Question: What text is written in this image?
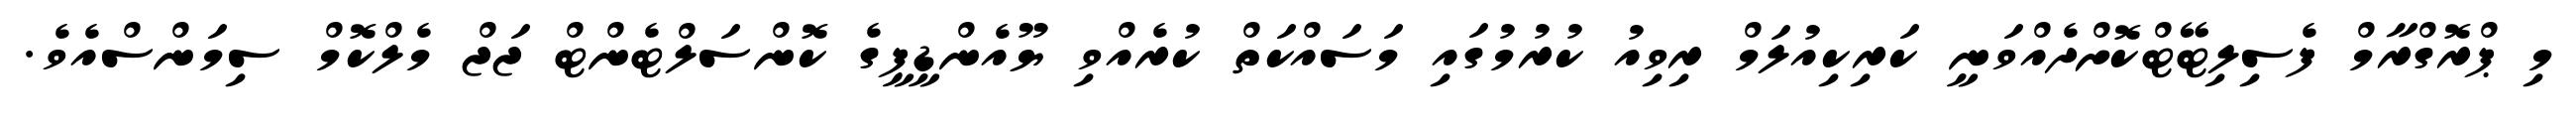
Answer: މި ޕްރޮގްރާމް ފެސިލިޓޭޓްކޮށްދެއްވަނީ ކަރިކިއުލަމް ރިވިއު ކުރުމުގައި މަސައްކަތް ކުރެއްވި ޔޫއެންޑީޕީގެ ކޮންސަލްޓެންޓް ޖަޖް މެލްކޮމް ސިމަންސްއެވެ.